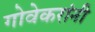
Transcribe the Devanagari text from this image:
गोवेकरांनी